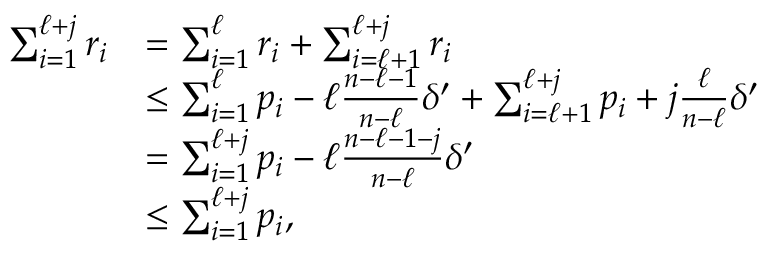
\begin{array} { r l } { \sum _ { i = 1 } ^ { \ell + j } r _ { i } } & { = \sum _ { i = 1 } ^ { \ell } r _ { i } + \sum _ { i = \ell + 1 } ^ { \ell + j } r _ { i } } \\ & { \le \sum _ { i = 1 } ^ { \ell } p _ { i } - \ell \frac { n - \ell - 1 } { n - \ell } \delta ^ { \prime } + \sum _ { i = \ell + 1 } ^ { \ell + j } p _ { i } + j \frac { \ell } { n - \ell } \delta ^ { \prime } } \\ & { = \sum _ { i = 1 } ^ { \ell + j } p _ { i } - \ell \frac { n - \ell - 1 - j } { n - \ell } \delta ^ { \prime } } \\ & { \le \sum _ { i = 1 } ^ { \ell + j } p _ { i } , } \end{array}